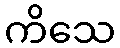
ကိသေ